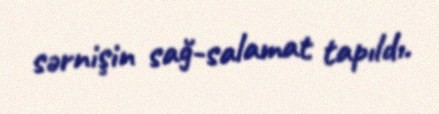
sərnişin sağ-salamat tapıldı.